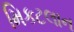
મિકટલાન